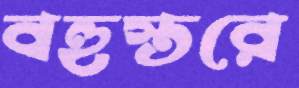
বহুস্তরে